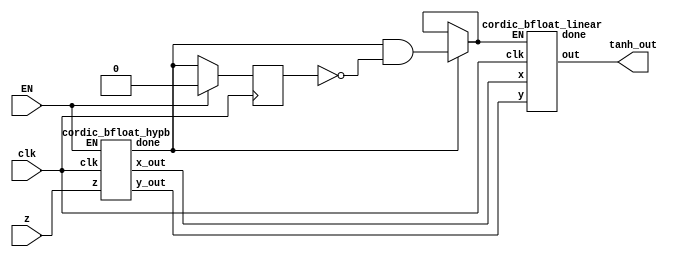
`timescale 1ns / 1ps
//////////////////////////////////////////////////////////////////////////////////
// Company: 
// Engineer: 
// 
// Design Name: 
// Module Name: tanh_new
// Project Name: 
// Target Devices: 
// Tool Versions: 
// Description: 
// 
// Dependencies: 
// 
// Revision:
// Revision 0.01 - File Created
// Additional Comments:
// 
//////////////////////////////////////////////////////////////////////////////////

module tanh_new(input clk,input EN,input [8:-23] z,output [31:0]tanh_out);
wire [31:0] x,y;
wire done;
wire tanh_done;

cordic_bfloat_hypb t1(.clk(clk),.EN(EN),.z(z),.x_out(x),.y_out(y),.done(done));

 reg q;


 wire lin_enable = done ? done & !q : lin_enable;
always@(posedge clk)begin
    if(EN) q<= 1'd0;
    else
    q <= done;
end


cordic_bfloat_linear t2(.clk(clk),.EN(lin_enable),.x(x),.y(y),.done(tanh_done),.out(tanh_out));

endmodule


module cordic_bfloat_hypb(
        input clk,
        input EN,
        input [8:-23] z,
        output [31:0] x_out,
        output [31:0] y_out,
        output done
);

    parameter EXP_SIZE = 8;
    parameter SIGN_SIZE = 1; 
    parameter MANTISSA_SIZE = 23;
    parameter SIGN_BIT = 9;                          // 8 | 7 6 5 4 3 2 1 0 | -1 -2 -3 -4 -5 -6 -7
                                                     // S |   EXPONENT BIT  |        MANTISSA

    reg signed [SIGN_SIZE + EXP_SIZE-1:-MANTISSA_SIZE] x_;
    reg signed [SIGN_SIZE + EXP_SIZE-1:-MANTISSA_SIZE] y_;
    reg signed [SIGN_SIZE + EXP_SIZE-1:-MANTISSA_SIZE] z_;
    reg signed [7:0] i;
    wire signed [SIGN_SIZE + EXP_SIZE-1:-MANTISSA_SIZE] Z_UPDATE;
    // wire signed [SIGN_SIZE + EXP_SIZE-1:-MANTISSA_SIZE] shifted_out;
    reg IS_FIRST4;
    reg IS_FIRST13;
    wire [8:-23] mid_out;
    wire [31:0] x_shift_out,y_shift_out,z_out,x_neg_out,x_pos_out,y_pos_out,y_neg_out;

    atanh_LOOKUP_hypb LOOKUP(
        .index(i),
        .value(Z_UPDATE));

    fp_adder z1 (.mode(z_[SIGN_BIT-1]),.a(z_),.b(Z_UPDATE),.out(z_out));
    // rshift r11 (.a(x_),.shift_size(i),.pos_out(x_pos_out),.neg_out(x_neg_out));
    // rshift r12 (.a(y_),.shift_size(i),.pos_out(y_pos_out),.neg_out(y_neg_out));

    // assign x_shift_out = (i < 1) ? x_neg_out : x_pos_out;
    // assign y_shift_out = (i < 1) ? y_neg_out : y_pos_out;

    rshift r11 (.a(x_),.shift_size(i),.out(x_shift_out));
    rshift r12 (.a(y_),.shift_size(i),.out(y_shift_out));

    fp_adder x1 (.mode(~z_[SIGN_BIT-1]),.a(x_),.b(y_shift_out),.out(x_out));
    fp_adder y1 (.mode(~z_[SIGN_BIT-1]),.a(y_),.b(x_shift_out),.out(y_out));

    fp_adder o (.mode(1'b1),.a(x_out),.b(y_out),.out(mid_out));

    //assign out = {mid_out[SIGN_BIT-1],(mid_out[EXP_SIZE-1:0] + 8'd11),mid_out[-1:-MANTISSA_SIZE]};

    assign done = (i==14) ? 1'd1 : 1'd0;

    always @(posedge clk)
    begin
        if (EN) //  Like Reset
        begin
            x_ <= 32'h3f800000;
            y_ <= 32'h00000000;
            // z_ <= {4'h0,z,20'h00000};      // modify for decimal change
            z_ <= z;
            i <= -5;
            IS_FIRST4 <= 1'b1;
            IS_FIRST13 <= 1'b1;
        end
        else
        begin
            if(i<14)
            begin
                i <= i+1;
                x_ <= x_out;
                y_ <= y_out;
                z_ <= z_out;
            end
        end
    end

endmodule

module rshift(
    input [8:-23] a,
    input signed [7:0] shift_size,
    // output [15:0] pos_out,
    // output [15:0] neg_out
    output [31:0] out
);
parameter EXP_SIZE = 8;
parameter SIGN_BIT = 9; 
parameter MANTISSA_SIZE = 23;

wire [31:0] pos_out;
wire [31:0] neg_out;

assign pos_out = (a==32'd0) ? 32'd0 : ((shift_size < 1) ? {a[SIGN_BIT-1],(a[EXP_SIZE-1:0] + shift_size - 8'd2),a[-1:-MANTISSA_SIZE]} : {a[SIGN_BIT-1],a[EXP_SIZE-1:0] - shift_size,a[-1:-MANTISSA_SIZE]});

fp_adder z1 (.mode(1'b0),.a(a),.b(pos_out),.out(neg_out));

assign out = (a==32'd0) ? 32'd0 : ((shift_size < 1) ? neg_out : pos_out);

endmodule




module fp_adder(
    a,
    b,
    out,
    mode
);
parameter EXP_SIZE = 8;
parameter SIGN_SIZE = 1; 
parameter MANTISSA_SIZE = 23;
parameter SIGN_BIT = 9;                             
integer i;
input [SIGN_SIZE + EXP_SIZE-1:-MANTISSA_SIZE] a;
input [SIGN_SIZE + EXP_SIZE-1:-MANTISSA_SIZE] b;

input mode;
output [SIGN_SIZE + EXP_SIZE-1:-MANTISSA_SIZE] out;

wire a_sign,b_sign,b_sign1,borrow,carry;
wire [MANTISSA_SIZE-1:0] a_mantissa,b_mantissa,m1_out,m2_out,out_mantissa;
wire [EXP_SIZE-1:0] a_exp,b_exp,sub_exp_out,m3_out,out_exp;
wire [MANTISSA_SIZE:0] p1_out,r1_out,p2_out,r2_out,a1_out;
wire outSignBit,condition;


assign {a_sign,a_exp,a_mantissa} = a;
assign {b_sign1,b_exp,b_mantissa} = b;
assign b_sign = mode ? b_sign1 : (~b_sign1); 

assign condition= (a_sign == b_sign) ? 1:0;
//assign b_sign = mode ? b_sign1 : (~b_sign1); 




sub #(.INPUT_SIZE(8)) s1 (a_exp,b_exp,sub_exp_out,borrow);


mux_2_1 #(.INPUT_SIZE(23)) m1 (b_mantissa,a_mantissa,borrow,m1_out);
mux_2_1 #(.INPUT_SIZE(23)) m2 (a_mantissa,b_mantissa,borrow,m2_out);

prepend #(.INPUT_SIZE(23)) p1 (m1_out,p1_out);
right_shift  #(.INPUT_SIZE(24),.SHIFT_SIZE(EXP_SIZE)) r1 (p1_out,sub_exp_out,r1_out,1'b1);
prepend #(.INPUT_SIZE(23)) p2 (m2_out,p2_out);

wire [23:0] sub_man_out;
wire man_borrow;
sub #(.INPUT_SIZE(24)) s2 (r1_out,p2_out,sub_man_out,man_borrow);
wire [23:0]man3_out,man4_out;
mux_2_1 #(.INPUT_SIZE(24)) m5 (r1_out,p2_out,man_borrow,man3_out);
mux_2_1 #(.INPUT_SIZE(24)) m4 (p2_out,r1_out,man_borrow,man4_out);

mux_2_1 #(.INPUT_SIZE(EXP_SIZE)) m3 (a_exp,b_exp,borrow,m3_out);

adder_sub_24_bit a1 (.a(man3_out),.b(man4_out),.out(a1_out),.condition(condition),.exp(m3_out),.exp_out(out_exp));

//exp_shifter e1(m3_out,carry,out_exp,condition);
//right_shift #(.INPUT_SIZE(8),.SHIFT_SIZE(1)) r2 (a1_out,carry,r2_out,condition);

assign out_mantissa = a1_out[MANTISSA_SIZE-1:0];


assign outSignBit = ((a_exp>b_exp)||((a_exp==b_exp)&&(a_mantissa>=b_mantissa))) ? a_sign : b_sign;
assign out = {outSignBit,out_exp,out_mantissa};

endmodule

module mux_2_1 #(parameter INPUT_SIZE = 24)(
    i1,
    i2,
    select,
    out
);
input [INPUT_SIZE-1: 0] i1;
input [INPUT_SIZE-1: 0] i2;
input select;
output [INPUT_SIZE-1: 0] out;

assign out = select ? i2 : i1;

endmodule

module sub #(parameter INPUT_SIZE = 23)(
    a,
    b,
    out,
    borrow
);
input [INPUT_SIZE-1: 0] a;
input [INPUT_SIZE-1: 0] b;
output [INPUT_SIZE-1: 0] out;
output borrow;

wire [INPUT_SIZE-1: 0]par_out;

assign par_out = a-b;
assign borrow = par_out[INPUT_SIZE-1];
assign out = borrow ? -par_out : par_out;

endmodule

module adder_sub_24_bit(
    a,
    b,
    out,
    condition,
    exp,
    exp_out
);
input [23:0] a,b;
input [7:0] exp;
input condition;
output reg [23:0] out;
output reg [7:0]exp_out;
 reg carry;
 integer i;

always @(a,b) begin
    if(condition) {carry,out}=a+b;
    else begin
    if (a>b) begin
    {carry,out}=a-b;
    end
    else 
    {carry,out}=b-a;
    end
     exp_out=exp;

    if(condition) begin
        out=out>>carry;
        exp_out=exp_out+carry;
    end
    else begin
      for(i=0;i<24;i=i+1)
       //while(out[7]!=1'b1)
        begin
           if(out[23]!=1'b1) begin
            out=out<<1'b1;
            exp_out=exp_out-1'b1;
            end
        end
    end
end




endmodule

 module right_shift #(parameter INPUT_SIZE = 24,parameter SHIFT_SIZE = 1)(
     in,
     shift_amount,
     out,
     condition
 );
 input [INPUT_SIZE-1:0] in;
 input [SHIFT_SIZE-1:0] shift_amount;
 output [INPUT_SIZE-1:0] out;
 input condition;
 assign out =condition? in >>> shift_amount : in << shift_amount;

 endmodule

module prepend #(parameter INPUT_SIZE = 23)(
    in,
    out
);
input [INPUT_SIZE-1:0] in;
output [INPUT_SIZE:0] out;

assign out = {1'b1,in};

endmodule

//module exp_shifter(
//    in,
//    c_add,
//    out,condition
//);
//input [7:0] in;
//input c_add;
//output [7:0] out;
//input condition;
//assign out = condition ? in + c_add :in;

//endmodule


module cordic_bfloat_linear(
        input clk,
        input EN,
        input [8:-23] x,
        input [8:-23] y,
        output done,
        output [31:0] out
);

    parameter EXP_SIZE = 8;
    parameter SIGN_SIZE = 1; 
    parameter MANTISSA_SIZE = 23;
    parameter SIGN_BIT = 9;                          // 8 | 7 6 5 4 3 2 1 0 | -1 -2 -3 -4 -5 -6 -7
                                                     // S |   EXPONENT BIT  |        MANTISSA

    reg signed [SIGN_SIZE + EXP_SIZE-1:-MANTISSA_SIZE] x_;
    reg signed [SIGN_SIZE + EXP_SIZE-1:-MANTISSA_SIZE] y_;
    reg signed [SIGN_SIZE + EXP_SIZE-1:-MANTISSA_SIZE] z_;
    reg signed [7:0] i;
    wire signed [SIGN_SIZE + EXP_SIZE-1:-MANTISSA_SIZE] Z_UPDATE;
    // wire signed [SIGN_SIZE + EXP_SIZE-1:-MANTISSA_SIZE] shifted_out;
    reg IS_FIRST4;
    reg IS_FIRST13;
    wire [8:-23] mid_out;
    wire [31:0] x_shift_out,y_shift_out,x_out,y_out,x_neg_out,x_pos_out,y_pos_out,y_neg_out;
    wire [8:-23]z_out;

    atanh_LOOKUP_linear LOOKUP(
        .index(i),
        .value(Z_UPDATE));

    fp_adder z1 (.mode(~y_[SIGN_BIT-1]),.a(z_),.b(Z_UPDATE),.out(z_out));
    // rshift r11 (.a(x_),.shift_size(i),.pos_out(x_pos_out),.neg_out(x_neg_out));
    // rshift r12 (.a(y_),.shift_size(i),.pos_out(y_pos_out),.neg_out(y_neg_out));

    // assign x_shift_out = (i < 1) ? x_neg_out : x_pos_out;
    // assign y_shift_out = (i < 1) ? y_neg_out : y_pos_out;

    rshift r11 (.a(x_),.shift_size(i),.out(x_shift_out));
    //rshift r12 (.a(y_),.shift_size(i),.out(y_shift_out));

    //fp_adder x1 (.mode(~z_[SIGN_BIT-1]),.a(x_),.b(y_shift_out),.out(x_out));
    fp_adder y1 (.mode(y_[SIGN_BIT-1]),.a(y_),.b(x_shift_out),.out(y_out));

    // fp_adder o (.mode(1'b1),.a(x_out),.b(y_out),.out(mid_out));

    assign out = {z_out[SIGN_BIT-1],(z_out[EXP_SIZE-1:0]),z_out[-1:-MANTISSA_SIZE]};
    
    assign done = (i==14)&&(!EN) ? 1'd1 : 1'd0;


     //wire lin_enable=(done)? 1'd1:1'd0;
    always @(posedge clk)
    begin
        if (EN) //  Like Reset
        begin
            x_ <= x;
            y_ <= y;
            // z_ <= {4'h0,z,20'h00000};      // modify for decimal change
            z_ <= 32'h00000000;
            i <= -5;
            IS_FIRST4 <= 1'b1;
            IS_FIRST13 <= 1'b1;
        end
        else
        begin
            if(i<14)
            begin
                i <= i+1;
                x_ <= x_;
                y_ <= y_out;
                z_ <= z_out;
            end
            // if(i==14)
            // done <= 1'd1;
        end
    end
endmodule

module atanh_LOOKUP_linear(index, value);
    localparam EXP_SIZE = 8;
    localparam SIGN_SIZE = 1;
    localparam MANTISSA_SIZE = 23;

    input wire signed [7:0] index;
    output reg signed [SIGN_SIZE + EXP_SIZE-1:-MANTISSA_SIZE] value;

    always @(index)
    begin
        case (index)
            -5: value = 32'h3f7e0000;  //  atanh(1-2^(-7))=h02_c5481e
            -4: value = 32'h3f7c0000;  //  atanh(1-2^(-6))=h02_6c0b28
            -3: value = 32'h3f780000;  //  atanh(1-2^(-5))
            -2: value = 32'h3f700000;  //  atanh(1-2^(-4))
            -1: value = 32'h3f600000;  //  atanh(1-2^(-3))
            0:  value = 32'h3f400000;  //  atanh(1-2^(-2))
            1:  value = 32'h3f000000;  //  atanh(2^(-1))
            2:  value = 32'h3e800000;  //  atanh(2^(-2))
            3:  value = 32'h3e000000;  //  atanh(2^(-3))
            4:  value = 32'h3d800000;  //  atanh(2^(-4))
            5:  value = 32'h3d000000;  //  atanh(2^(-5))
            6:  value = 32'h3c800000;  //  atanh(2^(-6))
            7:  value = 32'h3c000000;  //  atanh(2^(-7))
            8:  value = 32'h3b800000;  //  atanh(2^(-8))
            9:  value = 32'h3b000000;  //  atanh(2^(-9))
            10: value = 32'h3a800000;  //  atanh(2^(-10))
            11: value = 32'h3a000000;  //  atanh(2^(-11))
            12: value = 32'h39800000;  //  atanh(2^(-12))
            13: value = 32'h39000000;  //  atanh(2^(-13))
            default: 
                value = 32'h00000000;
        endcase
    end
endmodule



module atanh_LOOKUP_hypb(index, value);
    localparam EXP_SIZE = 8;
    localparam SIGN_SIZE = 1;
    localparam MANTISSA_SIZE = 23;

    input wire signed [7:0] index;
    output reg signed [SIGN_SIZE + EXP_SIZE-1:-MANTISSA_SIZE] value;

    always @(index)
    begin
        case (index)
            -5: value = 32'h40315208;  //  atanh(1-2^(-7))=h02_c5481e
            -4: value = 32'h401b0395;  //  atanh(1-2^(-6))=h02_6c0b28
            -3: value = 32'h4004948f;  //  atanh(1-2^(-5))
            -2: value = 32'h3fdbc672;  //  atanh(1-2^(-4))
            -1: value = 32'h3fad50b2;  //  atanh(1-2^(-3))
            0:  value = 32'h3f791395;  //  atanh(1-2^(-2))
            1:  value = 32'h3f0c9f54;  //  atanh(2^(-1))
            2:  value = 32'h3e82c578;  //  atanh(2^(-2))
            3:  value = 32'h3e00ac49;  //  atanh(2^(-3))
            4:  value = 32'h3d802ac4;  //  atanh(2^(-4))
            5:  value = 32'h3d000aac;  //  atanh(2^(-5))
            6:  value = 32'h3c8002ab;  //  atanh(2^(-6))
            7:  value = 32'h3c0000ab;  //  atanh(2^(-7))
            8:  value = 32'h3b80002b;  //  atanh(2^(-8))
            9:  value = 32'h3b00000b;  //  atanh(2^(-9))
            10: value = 32'h3a800003;  //  atanh(2^(-10))
            11: value = 32'h3a000001;  //  atanh(2^(-11))
            12: value = 32'h39800000;  //  atanh(2^(-12))
            13: value = 32'h39000000;  //  atanh(2^(-13))
            default: 
                value = 32'h00000000;
        endcase
    end
endmodule